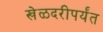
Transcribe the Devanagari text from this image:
खेळदरीपर्यंत